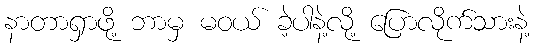
နာတာရှာဖို့ ဘာမှ မဝယ် ခဲ့ပါနဲ့လို့ ပြောလိုက်သားနဲ့